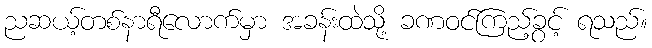
ညဆယ့်တစ်နာရီလောက်မှာ အခန်းထဲသို့ ခဏဝင်ကြည့်ခွင့် ရသည်။